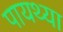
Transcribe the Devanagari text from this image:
पायथ्या